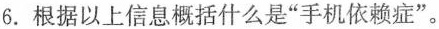
6.根据以上信息概括什么是”手机依赖症”。